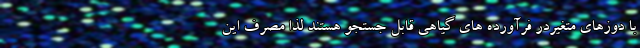
با دوزهای متغیردر فرآورده های گیاهی قابل جستجو هستند لذا مصرف این